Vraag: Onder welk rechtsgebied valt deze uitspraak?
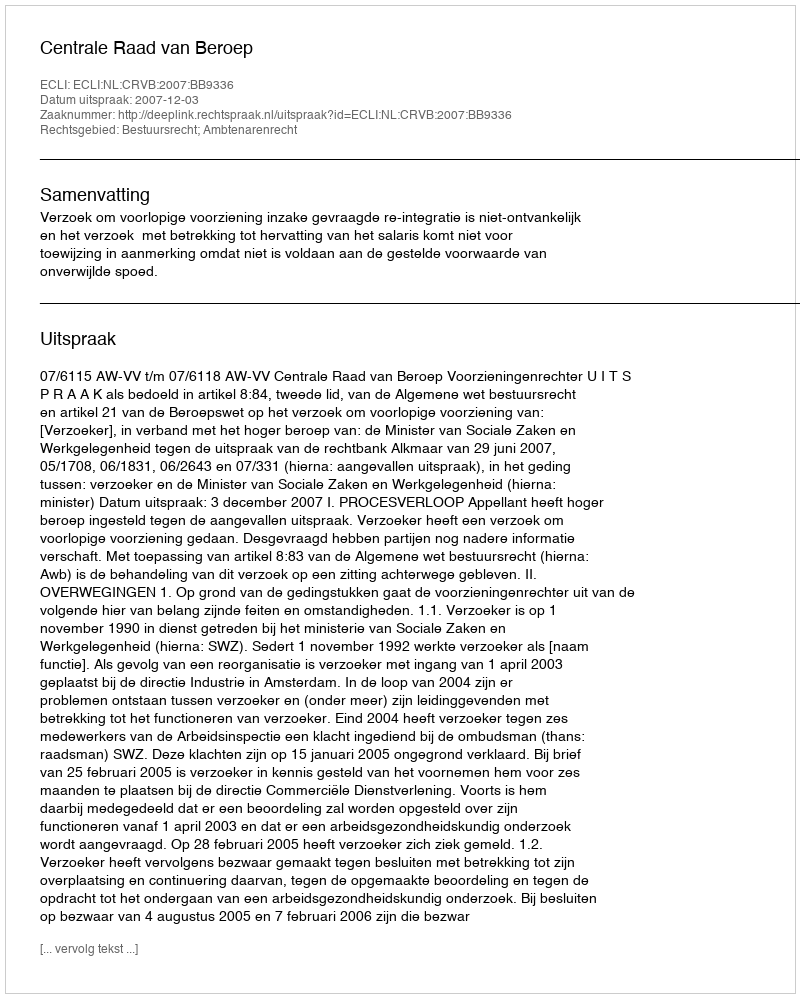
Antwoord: Bestuursrecht; Ambtenarenrecht